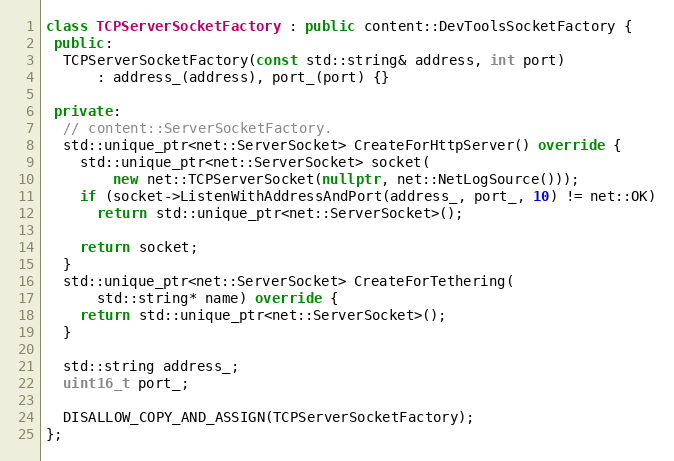
Language: C++
class TCPServerSocketFactory : public content::DevToolsSocketFactory {
 public:
  TCPServerSocketFactory(const std::string& address, int port)
      : address_(address), port_(port) {}

 private:
  // content::ServerSocketFactory.
  std::unique_ptr<net::ServerSocket> CreateForHttpServer() override {
    std::unique_ptr<net::ServerSocket> socket(
        new net::TCPServerSocket(nullptr, net::NetLogSource()));
    if (socket->ListenWithAddressAndPort(address_, port_, 10) != net::OK)
      return std::unique_ptr<net::ServerSocket>();

    return socket;
  }
  std::unique_ptr<net::ServerSocket> CreateForTethering(
      std::string* name) override {
    return std::unique_ptr<net::ServerSocket>();
  }

  std::string address_;
  uint16_t port_;

  DISALLOW_COPY_AND_ASSIGN(TCPServerSocketFactory);
};